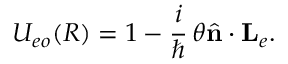
U _ { e o } ( R ) = 1 - \frac { i } { \hbar } \, \theta { \hat { \mathbf { n } } } \cdot { \mathbf { L } } _ { e } .